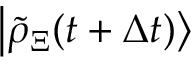
\left| \tilde { \rho } _ { \Xi } ( t + \Delta t ) \right\rangle